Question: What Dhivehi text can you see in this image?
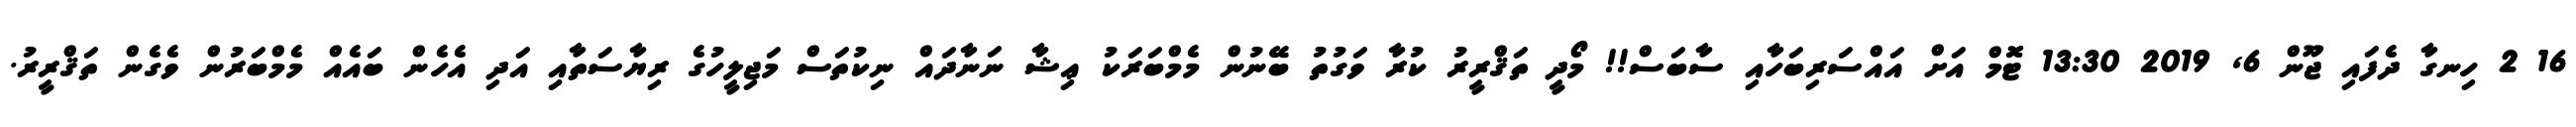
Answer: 16 2 ހިނގާ ދެފައި ޖޫން 6, 2019 13:30 ޓޮމް އަށް އައްސަރިބަހާއި ސާބަސް!! މޯދީ ތަޤްރީރު ކުރާ ވަގުތު ބޭނުން މެމްބަރަކު ޢިޝާ ނަނާދައް ނިކުތަސް މަޖިލީހުގެ ރިޔާސަތާއި އަދި އެހެން ބައެއް މެމްބަރުން ވެގެން ތަޤްރީރު.